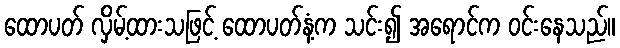
ထောပတ် လှိမ့်ထားသဖြင့် ထောပတ်နံ့က သင်း၍ အရောင်က ဝင်းနေသည်။